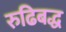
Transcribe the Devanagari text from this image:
रुढिबद्ध